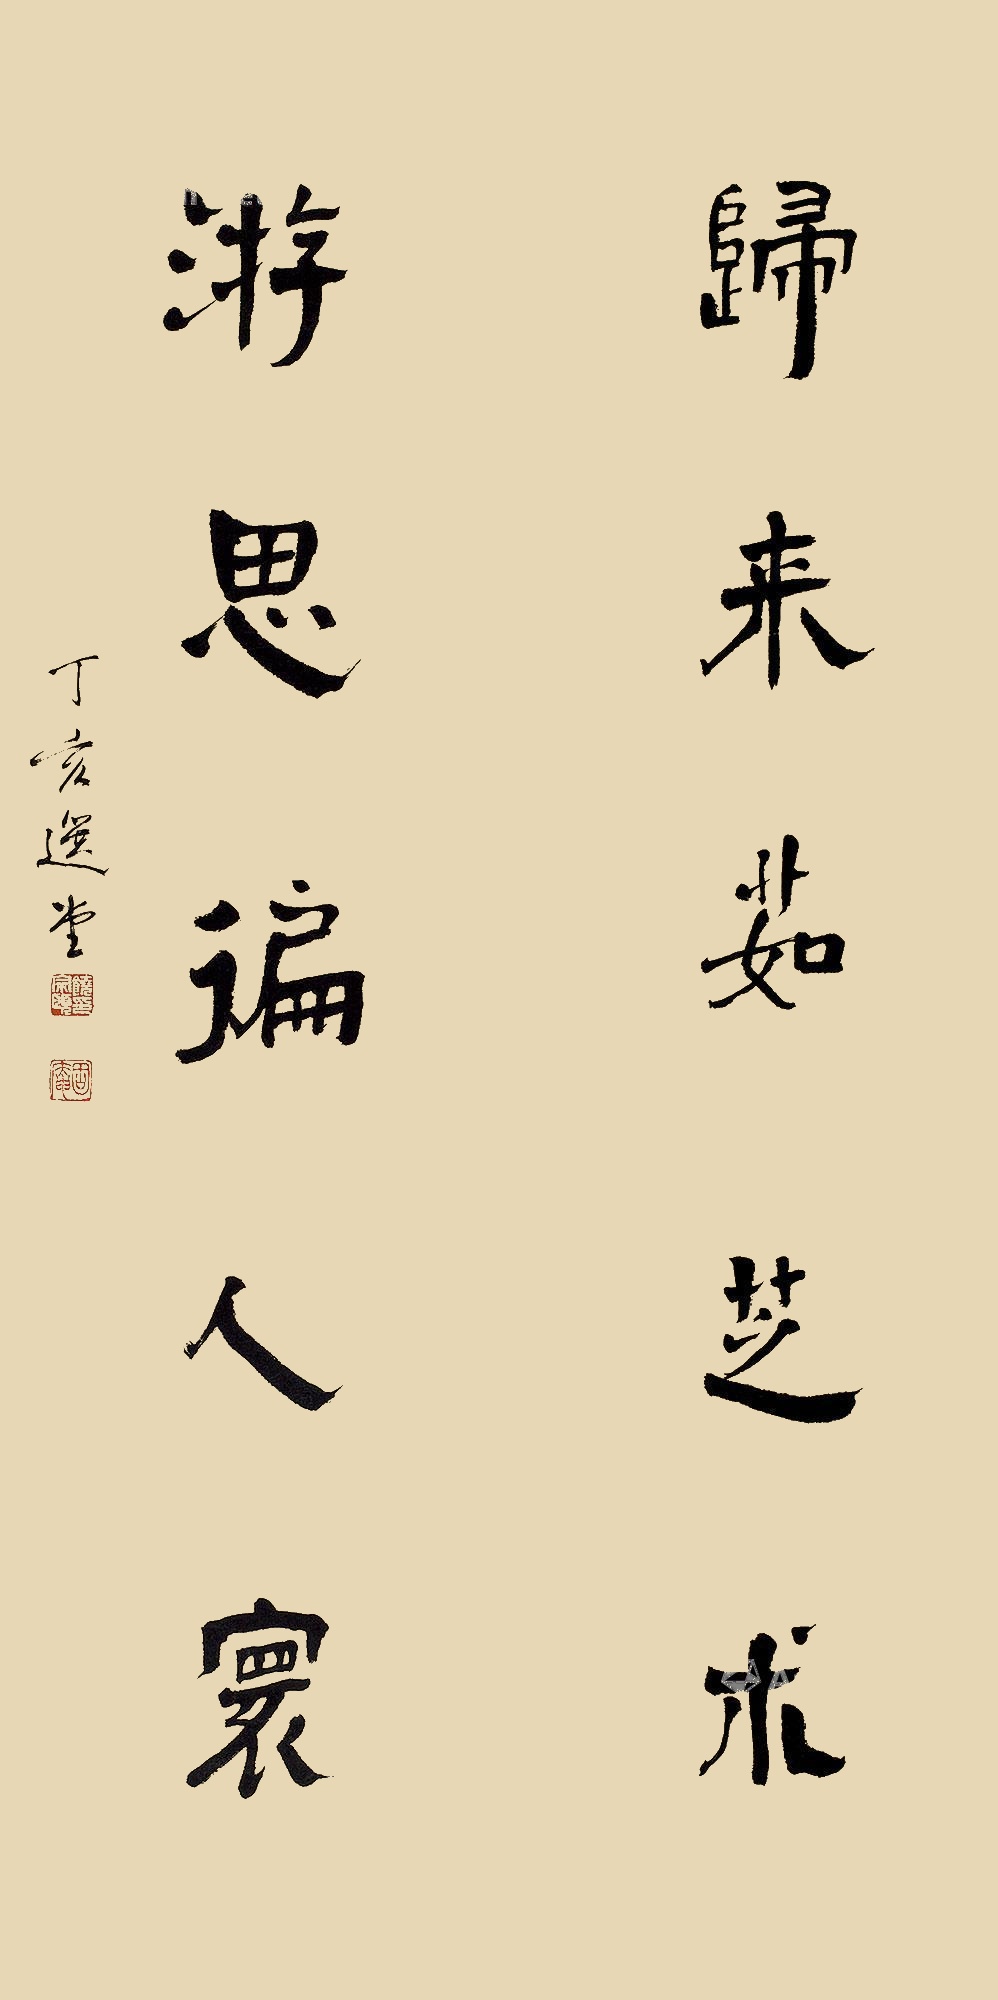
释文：归来茹芝术，游思偏人寰。丁亥，选堂。